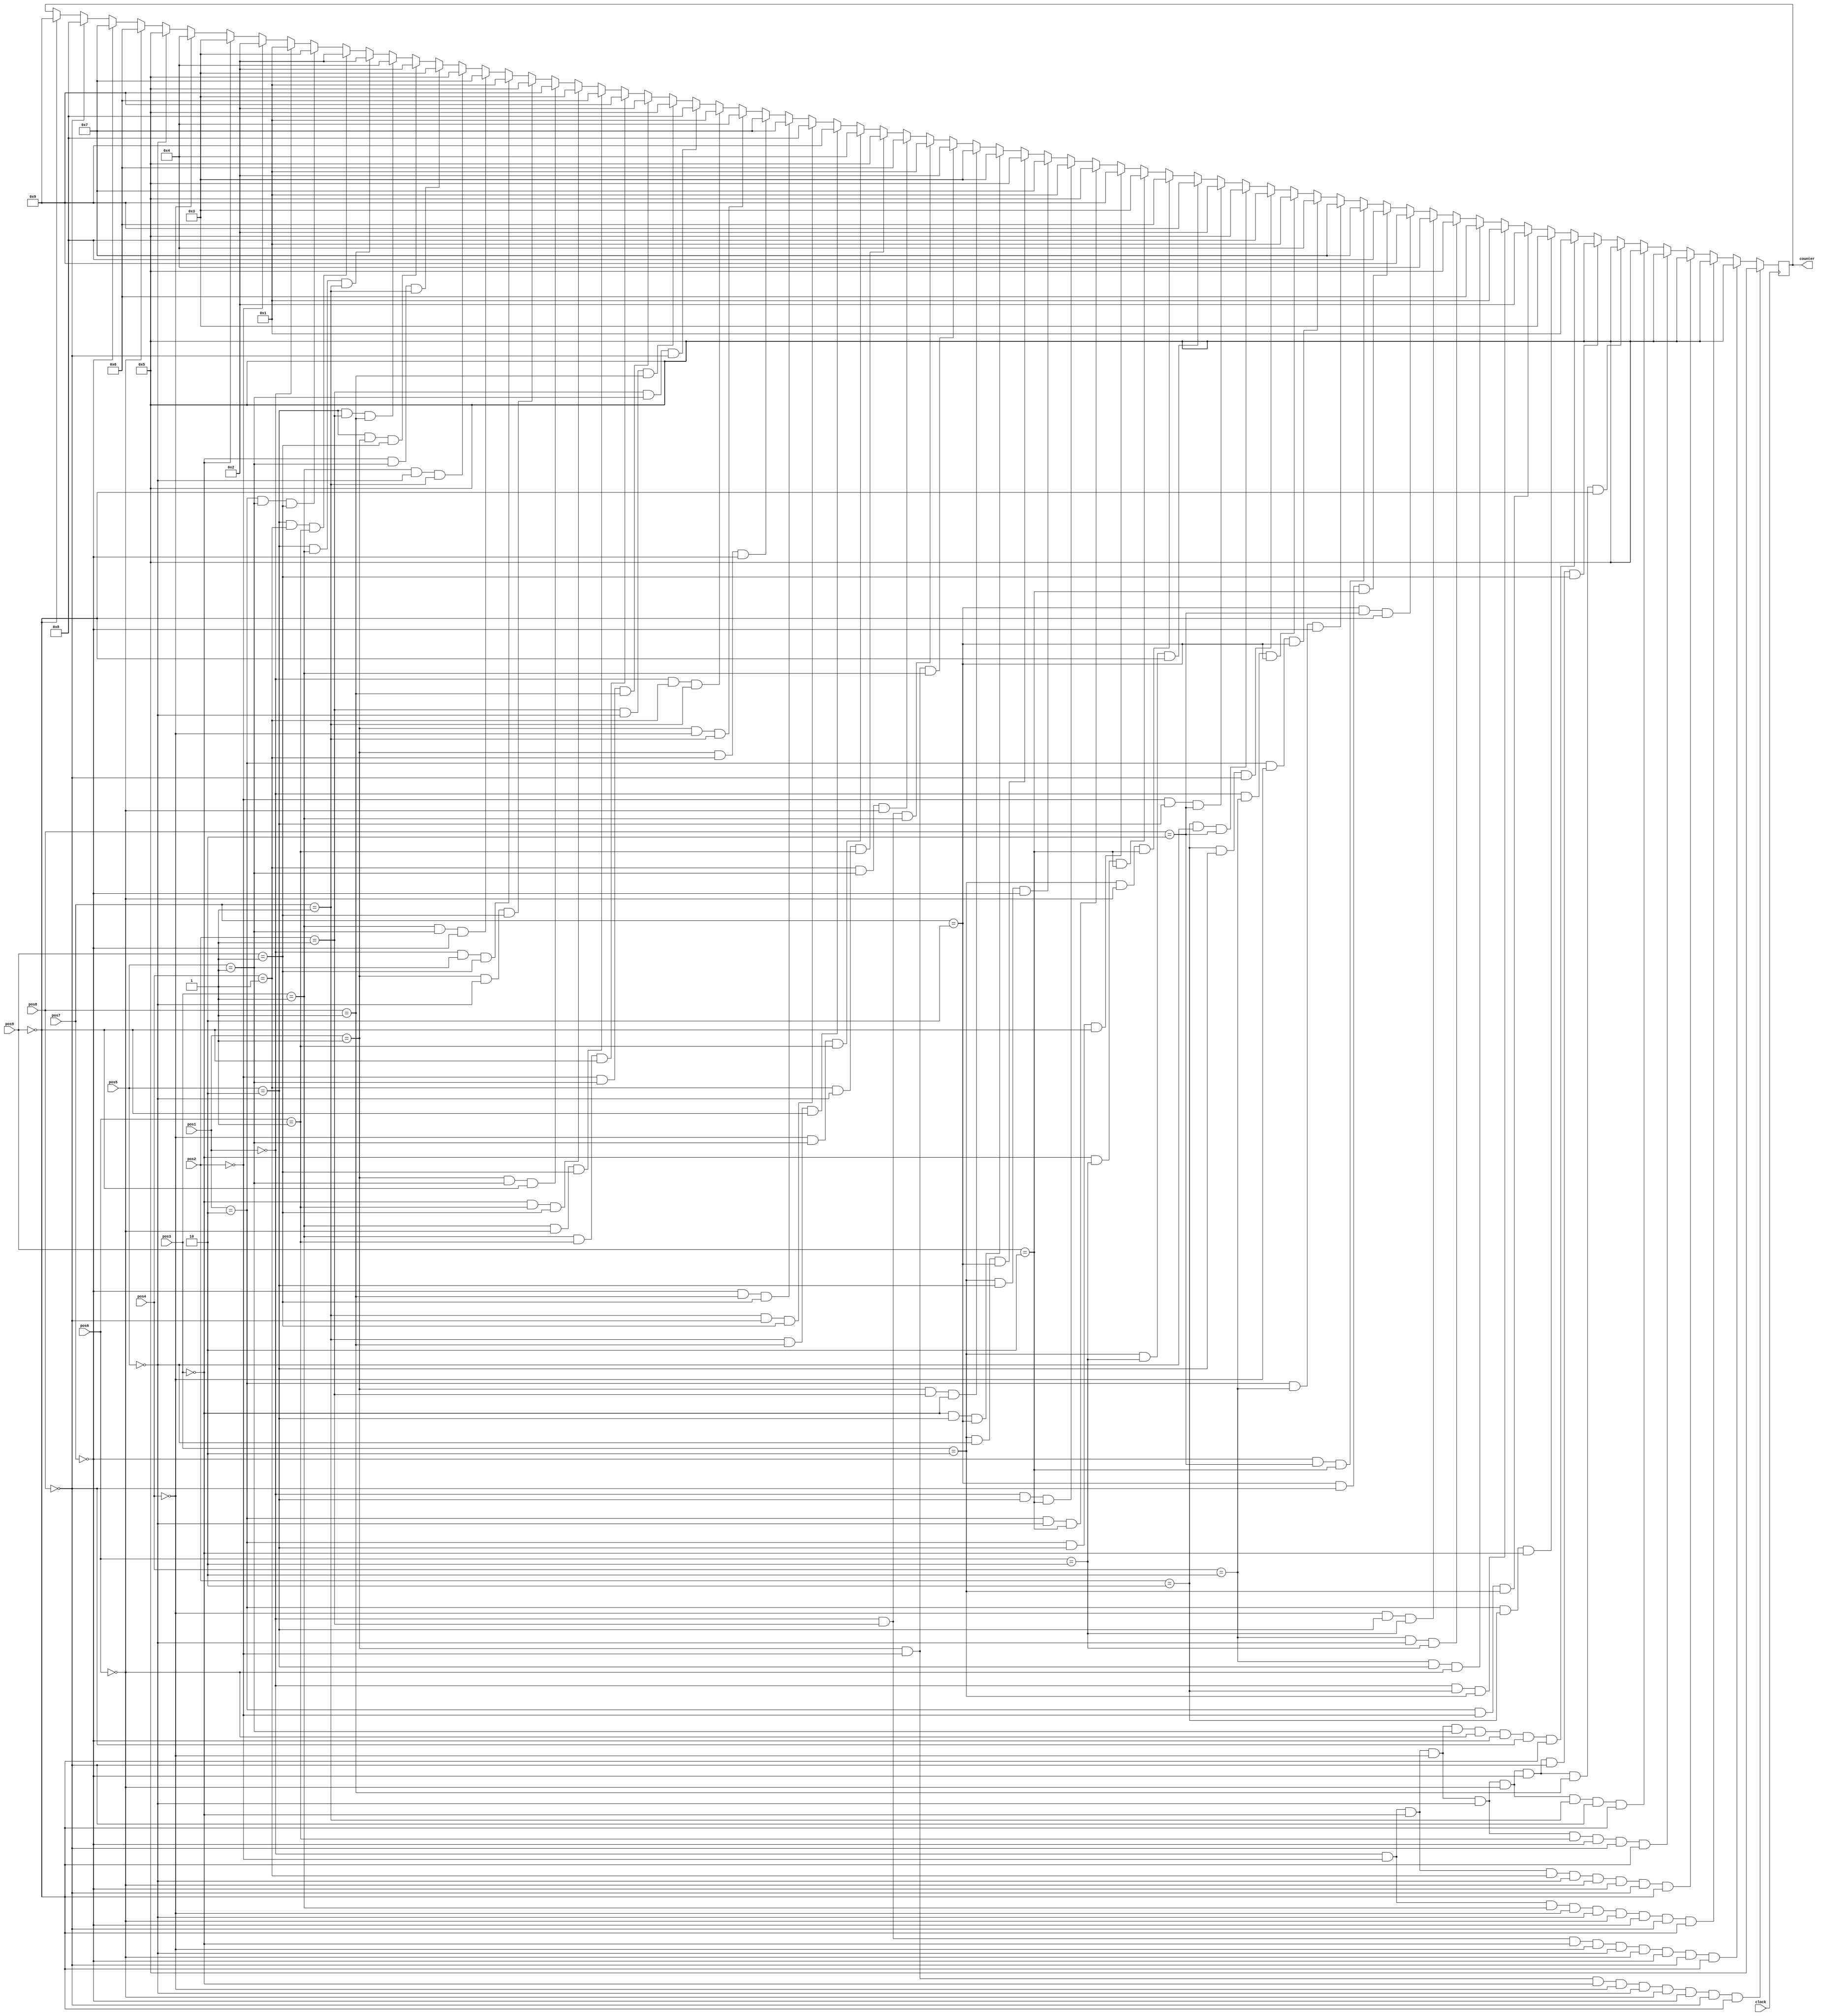
`timescale 1ns / 1ps
//////////////////////////////////////////////////////////////////////////////////
// Company: 
// Engineer: 
// 
// Design Name: 
// Module Name: ComputerTurn_
// Project Name: 
// Target Devices: 
// Tool Versions: 
// Description: 
// 
// Dependencies: 
// 
// Revision:
// Revision 0.01 - File Created
// Additional Comments:
// 
//////////////////////////////////////////////////////////////////////////////////

module ComputerTurn_ (
   							 input [1:0] pos1, pos2, pos3, pos4, pos5, pos6, pos7, pos8, pos9,
   							// input [3:0] CompCoor,
   							input clock,
   							 output reg [3:0] counter
   							 
   							 );    
   	 

   		 
 //  		 reg [3:0]counter;
//   		 assign CompCoorAuto=counter;
   		 always@ (posedge clock)
   		 begin
   	    
//   			if(CompGo)
//   				  begin
//   				  if(CompCoor!=4'b0000)
//   					 begin
//   					 counter<=CompCoor;
//   					 end
   					 
//   				  else begin      	 
   							    
   
   				 
   				  if(pos1 == 2'b01 && pos2 == 2'b00 && pos3 == 2'b00 && pos4 == 2'b00 && pos5 == 2'b00 && pos6 == 2'b00 && pos7 == 2'b00 && pos8 == 2'b00 && pos9== 2'b00)
   					  begin
   						  counter<=4'b0101; // pos5
   					  end
   				 
   				  else if(pos1 == 2'b00 && pos2 == 2'b01 && pos3 == 2'b00 && pos4 == 2'b00 && pos5 == 2'b00 && pos6 == 2'b00 && pos7 == 2'b00 && pos8 == 2'b00 && pos9== 2'b00)
   					  begin
   						  counter<=4'b0101; // pos5
   					  end
   				 
   				  else if(pos1 == 2'b00 && pos2 == 2'b00 && pos3 == 2'b01 && pos4 == 2'b00 && pos5 == 2'b00 && pos6 == 2'b00 && pos7 == 2'b00 && pos8 == 2'b00 && pos9== 2'b00)
   					  begin
   						  counter<=4'b0101; // pos5
   					  end
   				 
   				  else if(pos1 == 2'b00 && pos2 == 2'b00 && pos3 == 2'b00 && pos4 == 2'b01 && pos5 == 2'b00 && pos6 == 2'b00 && pos7 == 2'b00 && pos8 == 2'b00 && pos9== 2'b00)
   					  begin
   						  counter<=4'b0101; // pos5
   					  end
   				 
   				  else if(pos1 == 2'b00 && pos2 == 2'b00 && pos3 == 2'b00 && pos4 == 2'b00 && pos5 == 2'b00 && pos6 == 2'b01 && pos7 == 2'b00 && pos8 == 2'b00 && pos9== 2'b00)
   					  begin
   						  counter<=4'b0101; // pos5
   					  end
   				 
   				  else if(pos1 == 2'b00 && pos2 == 2'b00 && pos3 == 2'b00 && pos4 == 2'b00 && pos5 == 2'b00 && pos6 == 2'b00 && pos7 == 2'b01 && pos8 == 2'b00 && pos9== 2'b00)
   					  begin
   						  counter<=4'b0101; // pos5
   					  end
   				 
   				  else if(pos1 == 2'b00 && pos2 == 2'b00 && pos3 == 2'b00 && pos4 == 2'b00 && pos5 == 2'b00 && pos6 == 2'b00 && pos7 == 2'b00 && pos8 == 2'b01 && pos9== 2'b00)
   					  begin
   						  counter<=4'b0101; // pos5
   					  end
   				 
   				  else if(pos1 == 2'b00 && pos2 == 2'b00 && pos3 == 2'b00 && pos4 == 2'b00 && pos5 == 2'b00 && pos6 == 2'b00 && pos7 == 2'b00 && pos8 == 2'b00 && pos9== 2'b01)
   					  begin
   						  counter<=4'b0101; // pos5
   					  end
   				 
   				  else if(pos1 == 2'b00 && pos2 == 2'b00 && pos3 == 2'b00 && pos4 == 2'b00 && pos5 == 2'b01 && pos6 == 2'b00 && pos7 == 2'b00 && pos8 == 2'b00 && pos9== 2'b00)
   					  begin
   						  counter<=4'b0001; // pos1
   					  end
   				 
   				  else if(pos1 == 2'b10 && pos2 == 2'b10 && pos3 == 2'b00)
   					  begin
   						  counter<=4'b0011; // pos3
   					  end
   				 
   				  else if(pos1 == 2'b10 && pos2 == 2'b00 && pos3 == 2'b10)
   					  begin
   						  counter<=4'b0010; //= pos2
   					  end
   				 
   				  else if(pos1 == 2'b00 && pos2 == 2'b10 && pos3 == 2'b10)
   					  begin
   						  counter<=4'b0001; //= pos1
   					  end
   				 
   				  else if(pos4 == 2'b10 && pos5 == 2'b10 && pos6 == 2'b00)
   					  begin
   						  counter<=4'b0110; //= pos6
   					  end
   				 
   				  else if(pos4 == 2'b10 && pos5 == 2'b00 && pos6 == 2'b10)
   					  begin
   						  counter<=4'b0101; //= pos5
   					  end
   				 
   				  else if(pos4 == 2'b00 && pos5 == 2'b10 && pos6 == 2'b10)
   					  begin
   						  counter<=4'b0100; //= pos4
   					  end
   				 
   				  else if(pos7 == 2'b10 && pos8 == 2'b10 && pos9 == 2'b00)
   					  begin
   						  counter<=4'b1001; //= pos9
   					  end
   				 
   				  else if(pos7 == 2'b10 && pos8 == 2'b00 && pos9 == 2'b10)
   					  begin
   						  counter<=4'b1000; //= pos8
   					  end
   				 
   				  else if(pos7 == 2'b00 && pos8 == 2'b10 && pos9 == 2'b10)
   					  begin
   						  counter<=4'b0111; //= pos7
   					  end
   					  
   				  else if(pos1 == 2'b10 && pos4 == 2'b10 && pos7 == 2'b00)
   					  begin
   						  counter<=4'b0111; //= pos7
   					  end
   				 
   				  else if(pos1 == 2'b10 && pos4 == 2'b00 && pos7 == 2'b10)
   					  begin
   						  counter<=4'b0100; //= pos4
   					  end
   				 
   				  else if(pos1 == 2'b00 && pos4 == 2'b10 && pos7 == 2'b10)
   					  begin
   						  counter<=4'b0001; //= pos1
   					  end
   				 
   				  else if(pos2 == 2'b10 && pos5 == 2'b10 && pos8 == 2'b00)
   					  begin
   						  counter<=4'b1000; //= pos8
   					  end
   				 
   				  else if(pos2 == 2'b10 && pos5 == 2'b00 && pos8 == 2'b10)
   					  begin
   						  counter<=4'b0101; //= pos5
   					  end
   				 
   				  else if(pos2 == 2'b00 && pos5 == 2'b10 && pos8 == 2'b10)
   					  begin
   						  counter<=4'b0010; //= pos2
   					  end
   				 
   				  else if(pos3 == 2'b10 && pos6 == 2'b10 && pos9 == 2'b00)
   					  begin
   						  counter<=4'b1001; //= pos9
   					  end
   				 
   				  else if(pos3 == 2'b10 && pos6 == 2'b00 && pos9 == 2'b10)
   					  begin
   						  counter<=4'b0110; //= pos6
   					  end
   				 
   				  else if(pos3 == 2'b00 && pos6 == 2'b10 && pos9 == 2'b10)
   					  begin
   						  counter<=4'b0011; //= pos3
   					  end
   					  
   				  else if(pos1 == 2'b10 && pos5 == 2'b10 && pos9 == 2'b00)
   					  begin
   						  counter<=4'b1001; //= pos9
   					  end
   				 
   				  else if(pos1 == 2'b10 && pos5 == 2'b00 && pos9 == 2'b10)
   					  begin
   						  counter<=4'b0101; //= pos5
   					  end
   				 
   				  else if(pos1 == 2'b00 && pos5 == 2'b10 && pos9 == 2'b10)
   					  begin
   						  counter<=4'b0001; //= pos1
   					  end
   				 
   				  else if(pos3 == 2'b10 && pos5 == 2'b10 && pos7 == 2'b00)
   					  begin
   						  counter<=4'b0111; //= pos7
   					  end
   				 
   				  else if(pos3 == 2'b10 && pos5 == 2'b00 && pos7 == 2'b10)
   					  begin
   						  counter<=4'b0101; //= pos5
   					  end
   				 
   				  else if(pos3 == 2'b00 && pos5 == 2'b10 && pos7 == 2'b10)
   					  begin
   						  counter<=4'b0011; //= pos3
   					  end
   				 
   				  else if(pos1 == 2'b01 && pos2 == 2'b01 && pos3 == 2'b00)
   					  begin
   						  counter<=4'b0011; //= pos3
   					  end
   				 
   				  else if(pos1 == 2'b01 && pos2 == 2'b00 && pos3 == 2'b01)
   					  begin
   						  counter<=4'b0010; //= pos2
   					  end
   				 
   				  else if(pos1 == 2'b00 && pos2 == 2'b01 && pos3 == 2'b01)
   					  begin
   						  counter<=4'b0001; //= pos1
   					  end
   				 
   				  else if(pos4 == 2'b01 && pos5 == 2'b01 && pos6 == 2'b00)
   					  begin
   						  counter<=4'b0110; //= pos6
   					  end
   				 
   				  else if(pos4 == 2'b01 && pos5 == 2'b00 && pos6 == 2'b01)
   					  begin
   						  counter<=4'b0101; //= pos5
   					  end
   				 
   				  else if(pos4 == 2'b00 && pos5 == 2'b01 && pos6 == 2'b01)
   					  begin
   						  counter<=4'b0100; //= pos4
   					  end
   				 
   				  else if(pos7 == 2'b01 && pos8 == 2'b01 && pos9 == 2'b00)
   					  begin
   						  counter<=4'b1001; //= pos9
   					  end
   				 
   				  else if(pos7 == 2'b01 && pos8 == 2'b00 && pos9 == 2'b01)
   					  begin
   						  counter<=4'b1000; //= pos8
   					  end
   				 
   				  else if(pos7 == 2'b00 && pos8 == 2'b01 && pos9 == 2'b01)
   					  begin
   						  counter<=4'b0111; //= pos7
   					  end
   				 
   				  else if(pos1 == 2'b01 && pos4 == 2'b01 && pos7 == 2'b00)
   					  begin
   						  counter<=4'b0111; //= pos7
   					  end
   				 
   				  else if(pos1 == 2'b01 && pos4 == 2'b00 && pos7 == 2'b01)
   					  begin
   						  counter<=4'b0100; //= pos4
   					  end
   				 
   				  else if(pos1 == 2'b00 && pos4 == 2'b01 && pos7 == 2'b01)
   					  begin
   						  counter<=4'b0001; //= pos1
   					  end
   				 
   				  else if(pos2 == 2'b01 && pos5 == 2'b01 && pos8 == 2'b00)
   					  begin
   						  counter<=4'b1000; //= pos8
   					  end
   				 
   				  else if(pos2 == 2'b01 && pos5 == 2'b00 && pos8 == 2'b01)
   					  begin
   						  counter<=4'b0101; //= pos5
   					  end
   				 
   				  else if(pos2 == 2'b00 && pos5 == 2'b01 && pos8 == 2'b01)
   					  begin
   						  counter<=4'b0010; //= pos2
   					  end
   				 
   				  else if(pos3 == 2'b01 && pos6 == 2'b01 && pos9 == 2'b00)
   					  begin
   						  counter<=4'b1001; //= pos9
   					  end
   				 
   				  else if(pos3 == 2'b01 && pos6 == 2'b00 && pos9 == 2'b01)
   					  begin
   						  counter<=4'b0110; //= pos6
   					  end
   				 
   				  else if(pos3 == 2'b00 && pos6 == 2'b01 && pos9 == 2'b01)
   					  begin
   						  counter<=4'b0011; //= pos3
   					  end
   				 
   				 
   				  else if(pos1 == 2'b01 && pos5 == 2'b01 && pos9 == 2'b00)
   					  begin
   						  counter<=4'b1001; //= pos9
   					  end
   				 
   				  else if(pos1 == 2'b01 && pos5 == 2'b00 && pos9 == 2'b01)
   					  begin
   						  counter<=4'b0101; //= pos5
   					  end
   				 
   				  else if(pos1 == 2'b00 && pos5 == 2'b01 && pos9 == 2'b01)
   					  begin
   						  counter<=4'b0001; //= pos1
   					  end
   				 
   				  else if(pos3 == 2'b01 && pos5 == 2'b01 && pos7 == 2'b00)
   					  begin
   						  counter<=4'b0111; //= pos7
   					  end
   				 
   				  else if(pos3 == 2'b01 && pos5 == 2'b00 && pos7 == 2'b01)
   					  begin
   						  counter<=4'b0101; //= pos5
   					  end
   				 
   				  else if(pos3 == 2'b00 && pos5 == 2'b01 && pos7 == 2'b01)
   					  begin
   						  counter<=4'b0011; //= pos3
   					  end
   				 
   				  else if(pos5 == 2'b10 && pos1 == 2'b01 && pos9 == 2'b01)
   					  begin
   						  counter<=4'b0010; //= pos2
   					  end
   				 
   				  else if(pos5 == 2'b10 && pos2 == 2'b01 && pos8 == 2'b01)
   					  begin
   						  counter<=4'b0100; //= pos4
   					  end
   				 
   				  else if(pos5 == 2'b10 && pos3 == 2'b01 && pos7 == 2'b01)
   					  begin
   						  counter<=4'b0010; //= pos2
   					  end
   				 
   				  else if(pos5 == 2'b10 && pos4 == 2'b01 && pos6 == 2'b01)
   					  begin
   						  counter<=4'b0010; //= pos2
   					  end
   				 
   				  else if(pos1 == 2'b10 && pos5 == 2'b01 && pos9 == 2'b01)
   					  begin
   						  counter<=4'b0011; //= pos3
   					  end
   				 
   				  else if(pos1 == 2'b00)
   					  begin
   						  counter<=4'b0001; //= pos1
   					  end
   				 
   				  else if(pos2 == 2'b00)
   					  begin
   						  counter<=4'b0010; //= pos2
   					  end
   				 
   				  else if(pos3 == 2'b00)
   					  begin
   						  counter<=4'b0011; //= pos3
   					  end
   				 
   				  else if(pos4 == 2'b00)
   					  begin
   						  counter<=4'b0100; //= pos4
   					  end
   				 
   				  else if(pos5 == 2'b00)
   					  begin
   						  counter<=4'b0101; //= pos5
   					  end
   				 
   				  else if(pos6 == 2'b00)
   					  begin
   						  counter<=4'b0110; //= pos6
   					  end
   				 
   				  else if(pos7 == 2'b00)
   					  begin
   						  counter<=4'b0111; //= pos7
   					  end
   				 
   				  else if(pos8 == 2'b00)
   					  begin
   						  counter<=4'b1000; //= pos8
   					  end
   				 
   				  else if(pos9 == 2'b00)
   					  begin
   						  counter<=4'b1001; //= pos9
   					  end

  // 		 end
   		 end
//   		 end
   	 

    endmodule